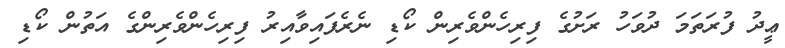
ޢީދު ފުރަތަމަ ދުވަހު ރަށުގެ ފިރިހެންވެރިން ކޯޑި ނެރެފައިވާއިރު ފިރިހެންވެރިންގެ އަތުން ކޯޑި